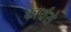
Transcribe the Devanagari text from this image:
कार्यसे